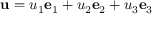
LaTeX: \mathbf { u } = u _ { 1 } \mathbf { e } _ { 1 } + u _ { 2 } \mathbf { e } _ { 2 } + u _ { 3 } \mathbf { e } _ { 3 }